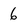
Character: 6